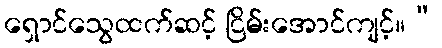
ရှောင်သွေထက်ဆင့် ငြိမ်းအောင်ကျင့်။”